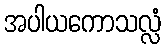
အပါယကောသလ္လံ